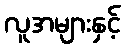
လူအများနှင့်